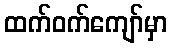
ထက်ဝက်ကျော်မှာ